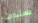
مستندات